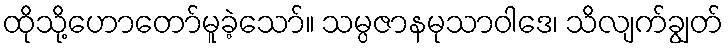
ထိုသို့ဟောတော်မူခဲ့သော်။ သမ္ပဇာနမုသာဝါဒေ၊ သိလျက်ချွတ်